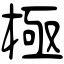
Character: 極